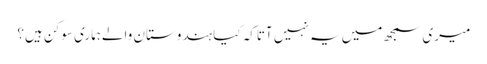
میری سمجھ میں یہ نہیں آتاکہ کیا ہندوستان والےہماری سوکن ہیں؟